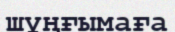
шұңғымаға